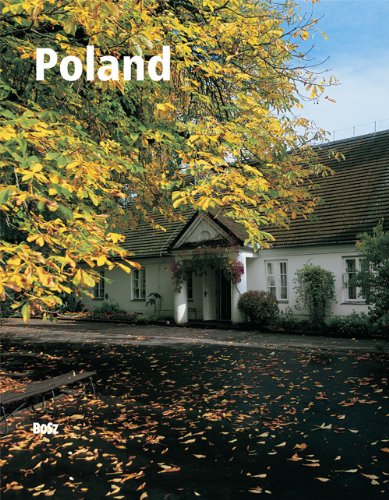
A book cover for Poland; Wladyslaw Pluta; Travel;